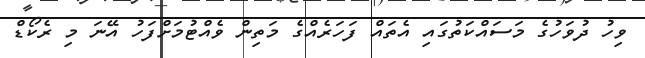
ވިހު ދުވަހުގެ މަސައްކަތުގައި އެތައް ފަހަރެއްގެ މަތިން ވެއްޓުމަށްފަހު އޭނަ މި ރެކޯޑް